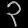
Digit: ၃